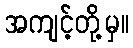
အကျင့်တို့မှ။